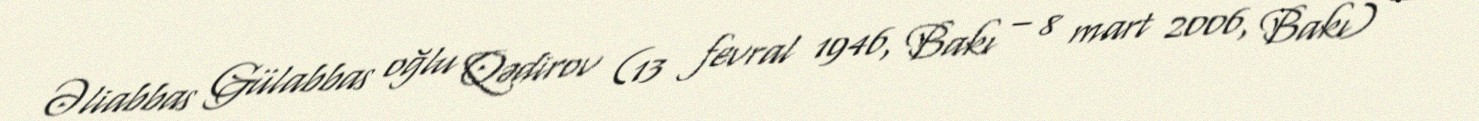
Əliabbas Gülabbas oğlu Qədirov (13 fevral 1946, Bakı – 8 mart 2006, Bakı) —